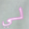
لي